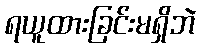
ရယူထားခြင်းမရှိဘဲ